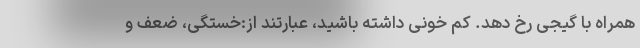
همراه با گیجی رخ دهد. کم خونی داشته باشید، عبارتند از:خستگی، ضعف و